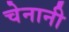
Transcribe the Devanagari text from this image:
चेनानी